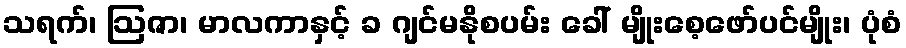
သရက်၊ ဩဇာ၊ မာလကာနှင့် ခ ဂျင်မနိုစပမ်း ခေါ် မျိုးစေ့ဖော်ပင်မျိုး၊ ပုံစံ